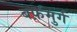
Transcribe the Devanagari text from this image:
बर्फ़मुर्ग